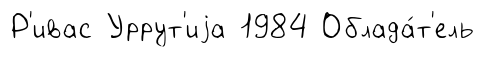
Р'ивас Уррут'иjа 1984 Облада́т'ель